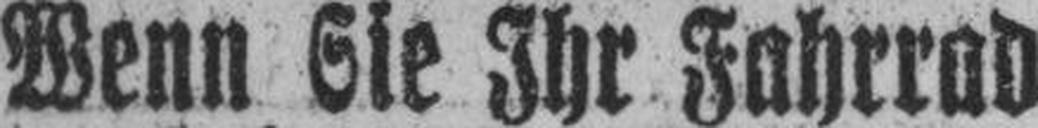
Wenn Sie Ihr Fahrrad